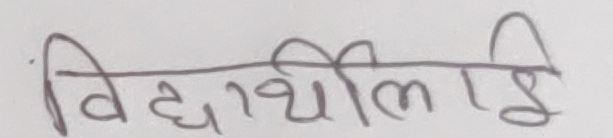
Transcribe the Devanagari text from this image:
विद्यार्थीलाई